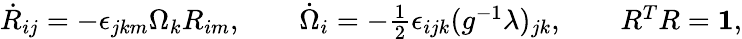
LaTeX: \begin{array}{r}{\dot{R}_{ij}=-\epsilon_{jkm}\Omega_{k}R_{im},\qquad\dot{\Omega}_{i}=-\frac 12\epsilon_{ijk}(g^{-1}\lambda)_{jk},\qquad R^{T}R={\mathbf 1},}\end{array}